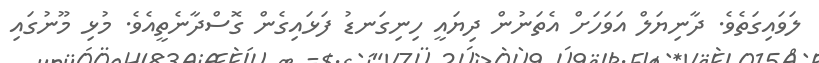
ލަވައިގަތެވެ. ދާނިޔަލް އަވަހަށް އެތަނުން ދިޔައީ ހިނިގަނޑު ފަޅައިގެން ގޮސްދާނެތީއެވެ. މުޅި މޫނުގައި